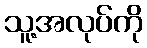
သူ့အလုပ်ကို